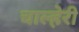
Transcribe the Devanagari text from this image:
चाल्हेरी